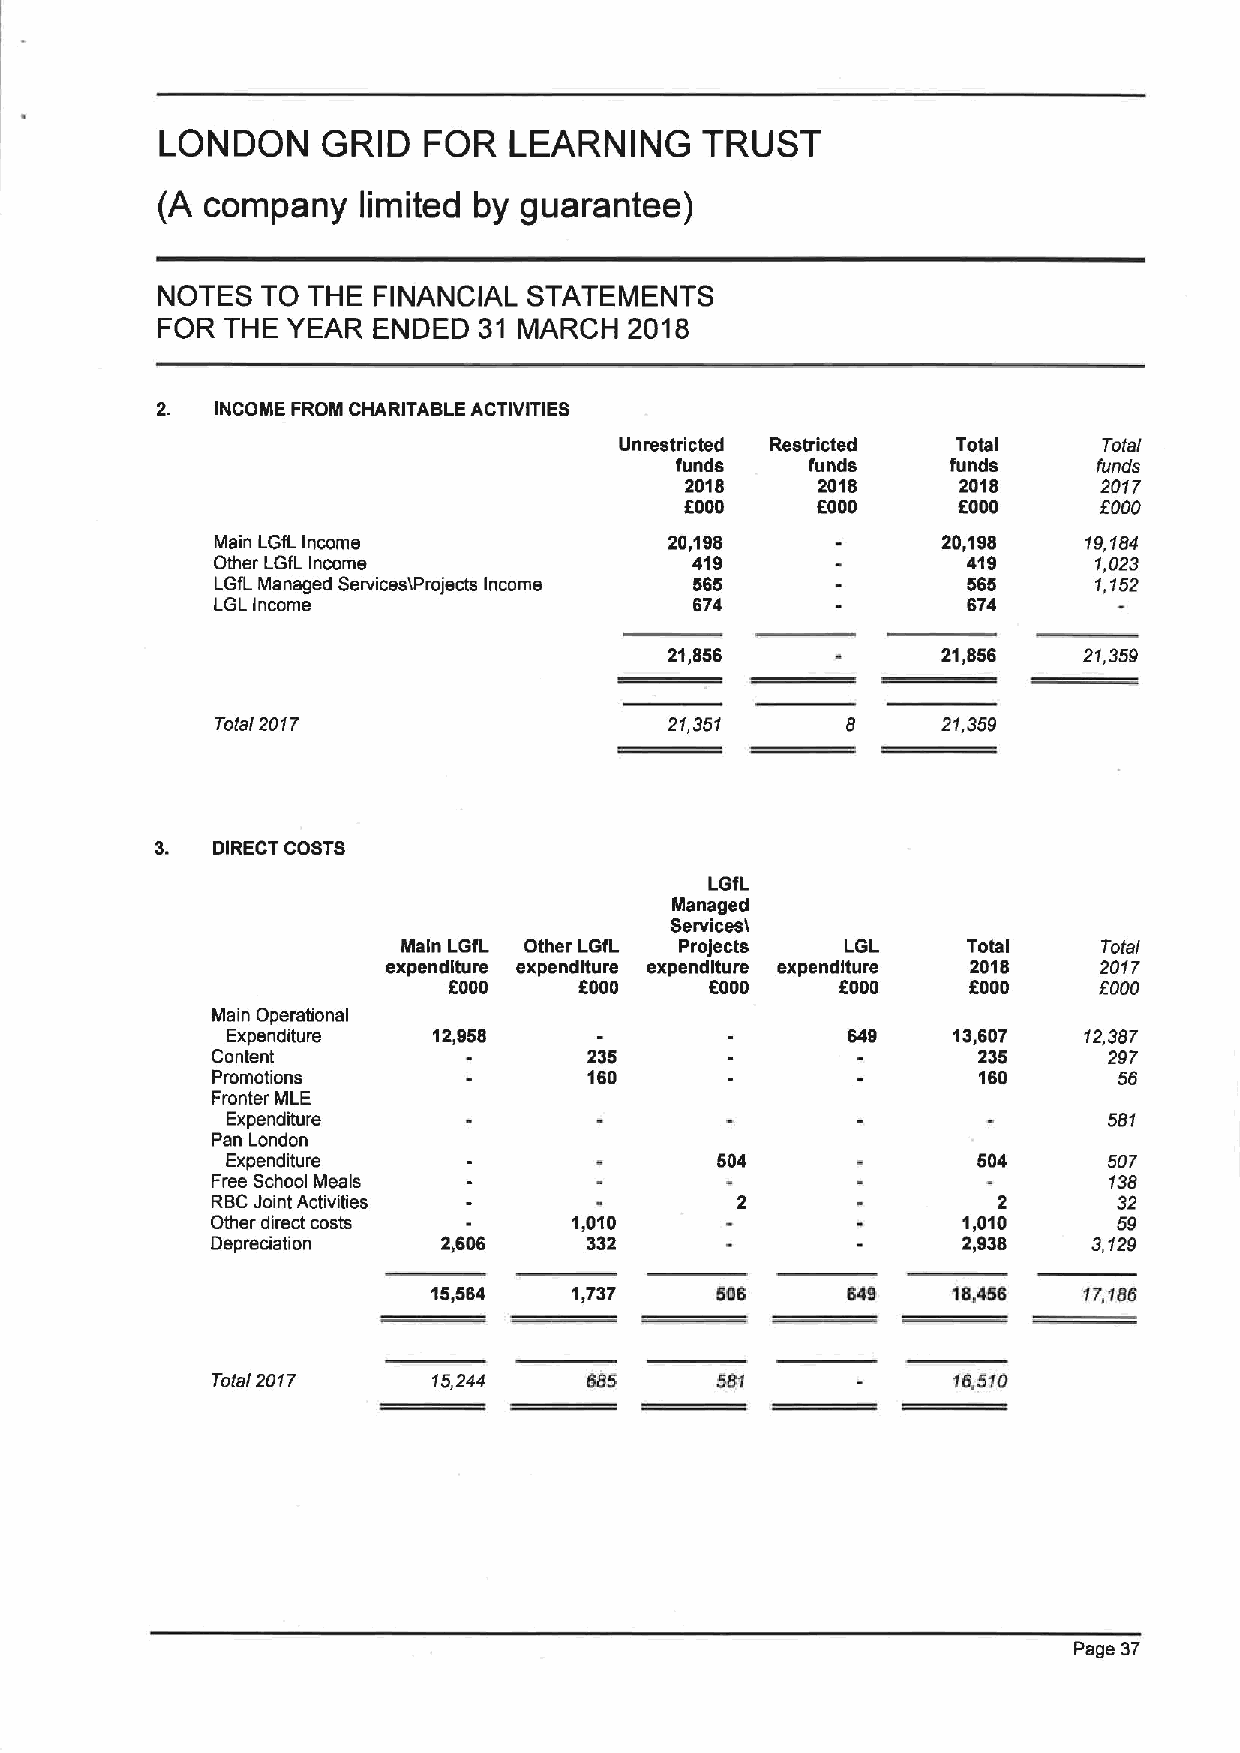
LONDON    GRID   FOR   LEARNING    TRUST
 (A  company   limited by guarantee)
 NOTES  TO THE  FINANCIAL STATEMENTS
 FOR  THE YEAR  ENDED  31 MARCH  2018
 2.  INCOME FROM CHARITABLE ACTIVITIES
 Unrestricted Restricted Total   Total
 funds    funds    funds     funds
 2018     2018      2018     2017
 6000     6000     6000      6000
 Main LGfL Income              20,198            20,198    19,184
 Other LGfL Income               419               419     1,023
 LGIL Managed Services)Projects Income 665         566     1,152
 LGL Income                      674               674
 21,856            21,856    21,359
 Total 2017                    21,351            21,359
 3.  DIRECT COSTS
 LGfL
 Managed
 Services'I
 Main LGfL Other LGfL Projects LGL    Total    Total
 expenditure expenditure expenditure expenditure 2018 2017
 2000    6000     8000     6000    8000     5000
 Main Operational
 Expenditure   12,968                     649    13,607   12,387
 Content                  235                       235     297
 Promotions               160                       160      56
 Fronter MLE
 Expenditure                                               581
 Pan London
 Expenditure                     504               504     507
 Free School Meals                                          138
 RBCJoint Activities                                 2       32
 Other direct costs      1,010                     1,010     59
 Depreciation   2,606     332                      2,936   3,129
 15,564   1,737    608      849    18,458   17,188
 Total 2017     15,244    685     581             15,510
 Page 37